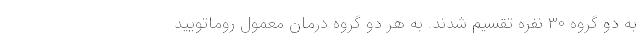
به دو گروه ۳۰ نفره تقسیم شدند. به هر دو گروه درمان معمول روماتویید